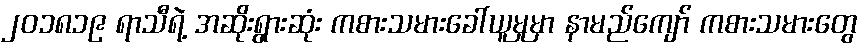
၂၀၁၈၁၉ ရာသီရဲ့ အဆိုးရွားဆုံး ကစားသမားခေါ်ယူမှုမှာ နာမည်ကျော် ကစားသမားတွေ